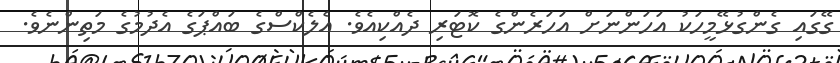
ގޭގައި ގެންގުޅޭމީހަކު އަހަންނަށް އަހަރެންގެ ކޮޓަރި ދެއްކިއެވެ. އެލެކްސްގެ ބައްޕަގެ އެދުމުގެ މަތިންނެވެ.